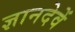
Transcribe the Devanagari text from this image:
ज्ञानदेवें